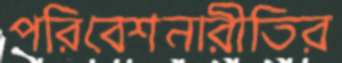
পরিবেশনারীতির